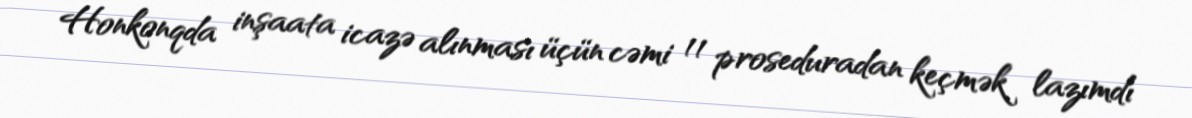
Honkonqda inşaata icazə alınması üçün cəmi 11 proseduradan keçmək lazımdı